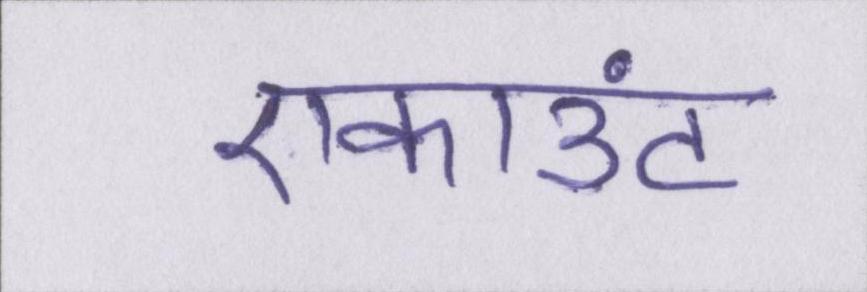
एकाउंट